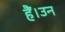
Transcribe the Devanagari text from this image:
हैं।उन